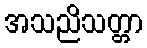
အသညိသတ္တာ